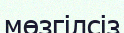
мөзгілсіз